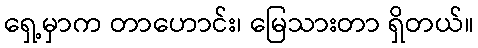
ရှေ့မှာက တာဟောင်း၊ မြေသားတာ ရှိတယ်။